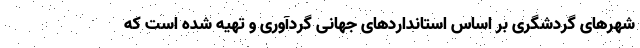
شهرهای گردشگری بر اساس استانداردهای جهانی گردآوری و تهیه شده است که